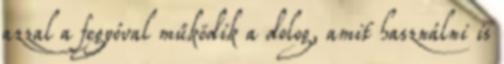
azzal a fegyóval működik a dolog, amit használni is